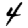
Digit: 4